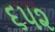
૬૫૨